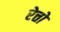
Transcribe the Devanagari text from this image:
रेत्तो